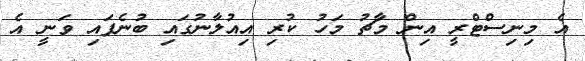
އެ މިނިސްޓްރީ އިން މާޗު މަހު ކުރި އިއުލާނުގައި ބުނެފައި ވަނީ އެ